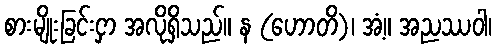
စားမျိုးခြင်းငှာ အလိုရှိသည်။ န (ဟောတိ)၊ အံ့။ အညဿဝါ၊